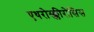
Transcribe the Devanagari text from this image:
एथरोस्क्लीरोसिस